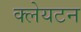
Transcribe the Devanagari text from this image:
क्लेयटन